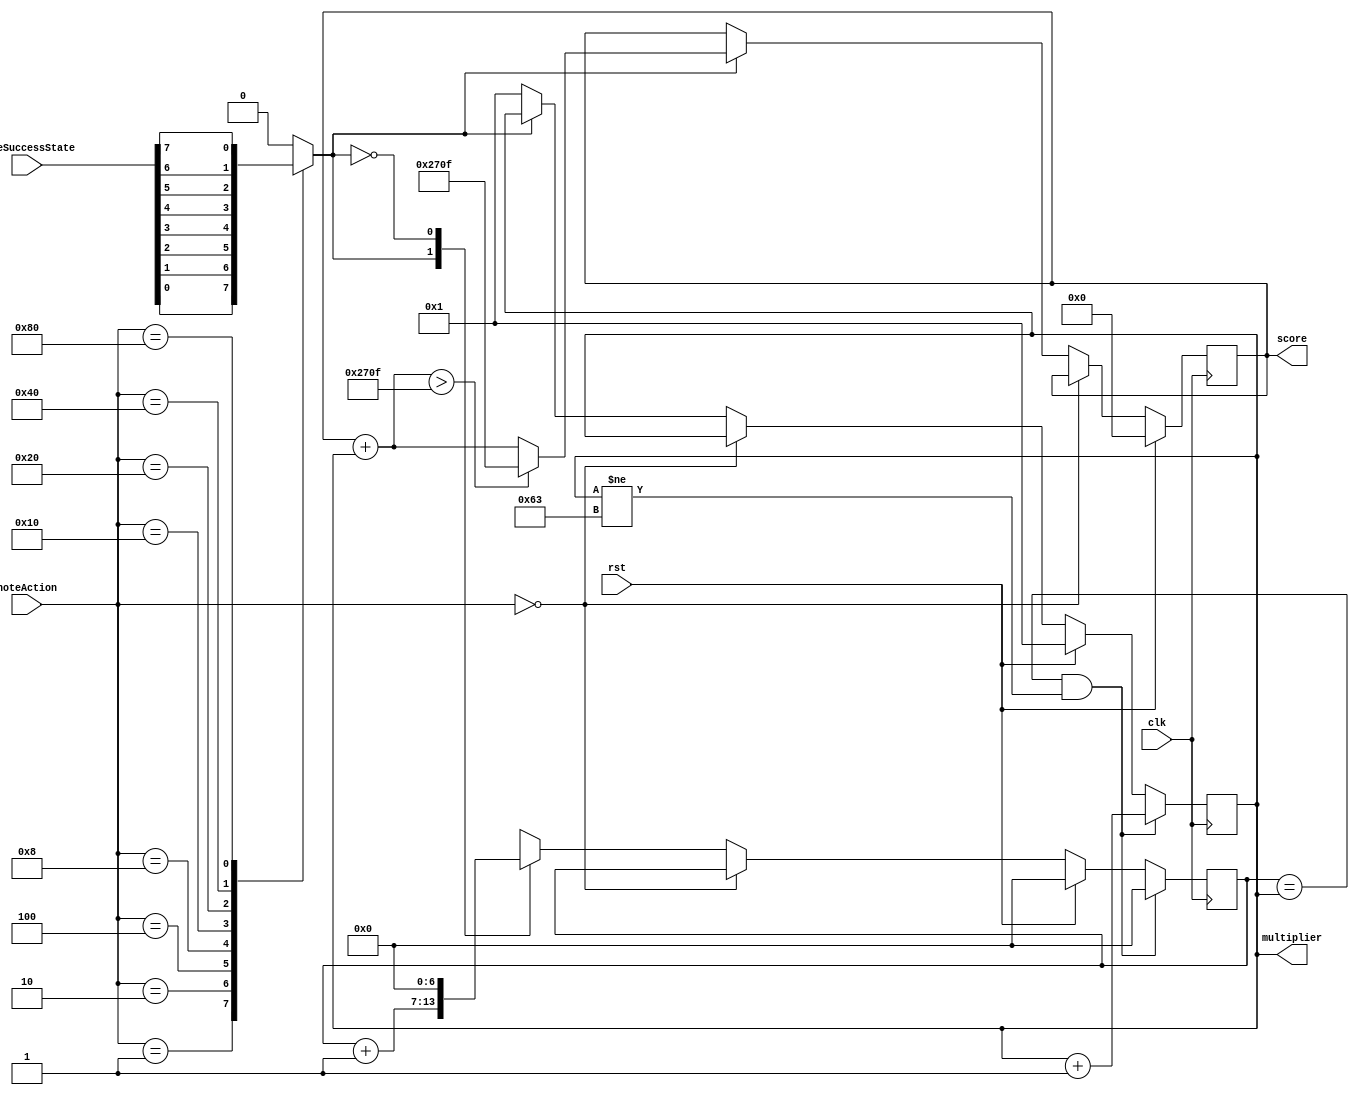
module score_keeping(
    input clk,
    input rst,
    input [7:0] noteAction,
    input [7:0] noteSuccessState,
    output reg [15:0] score,
    output reg [6:0] multiplier
    );

    reg [6:0] score_streak;
    reg score_action, score_type;
    
    initial multiplier = 7'd1;
    initial score = 16'd0;
    initial score_streak = 7'd0;
    
    always @ (noteAction)
    begin
        if (noteAction == 8'b0000_0000)
            score_action <= 1'b0;
        else
            score_action <= 1'b1;
            
        case (noteAction)
			  8'b0000_0001 : score_type <= noteSuccessState[0];
			  8'b0000_0010 : score_type <= noteSuccessState[1];
			  8'b0000_0100 : score_type <= noteSuccessState[2];
			  8'b0000_1000 : score_type <= noteSuccessState[3];
			  8'b0001_0000 : score_type <= noteSuccessState[4];
			  8'b0010_0000 : score_type <= noteSuccessState[5];
			  8'b0100_0000 : score_type <= noteSuccessState[6];
			  8'b1000_0000 : score_type <= noteSuccessState[7];
        default: score_type <= 0;
        endcase
    end
    
    always @(posedge clk)
    begin
        if (rst)
        begin
            score <= 0;
            multiplier <= 1;
            score_streak <=  0;
        end 
        else if (score_action)
        begin
            case (score_type)
                1'b1 :
                    begin
                        if ( (score + multiplier) > 16'd9999)
                            score <= 16'd9999;
                        else
                            score <= score + multiplier;

                        score_streak <= score_streak + 1;
								
                    end
                1'b0 :
                    begin
                        multiplier <= 7'd1;
                        score_streak <= 7'd0;
                    end
            endcase
        end
        
        if (score_streak == multiplier && multiplier != 7'd99)
        begin
            score_streak <= 7'd0;
            multiplier <= multiplier + 1;
        end
    end

endmodule